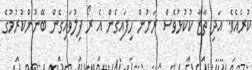
ކުރެއެވެ. އަދި ތާޒާ ކުކުޅުވެސް ރަށުން ހިފައިގެން އެ ރޯ ފިލުވައިގެން ބޭނުންކުރުމުގެ